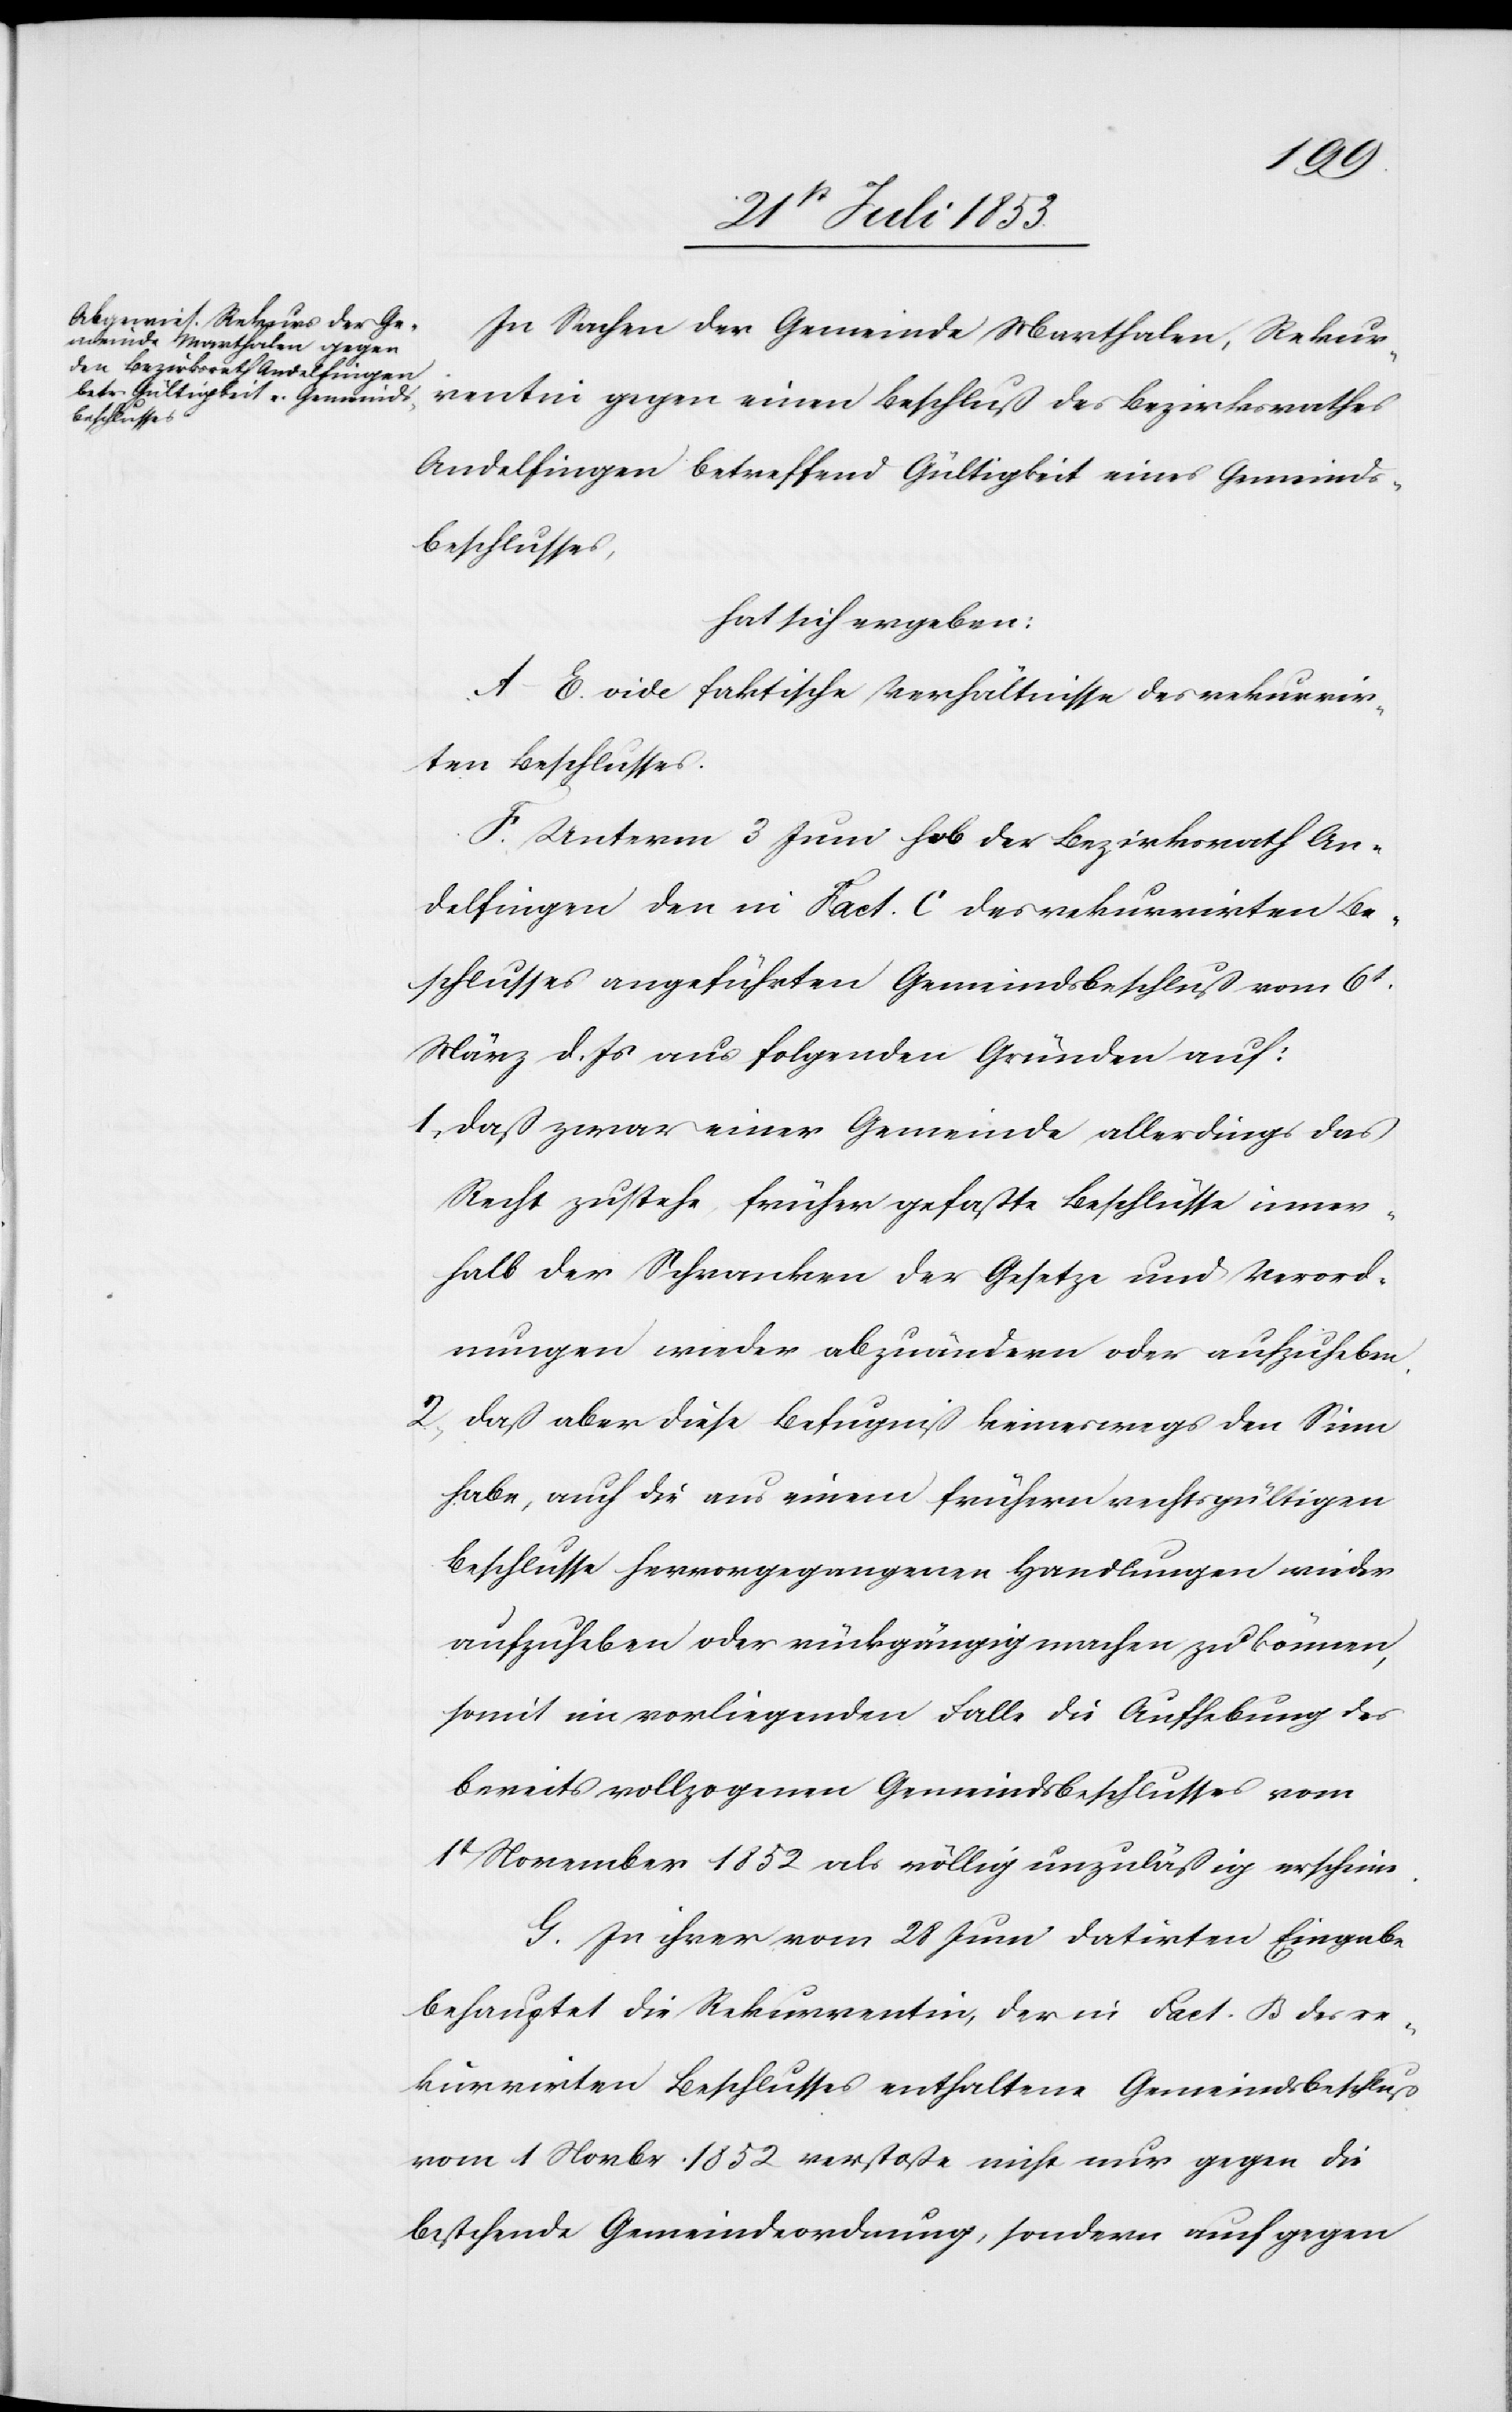
In Sachen der Gemeinde Marthalen, Rekur¬
rentin gegen einen Beschluß des Bezirksrathes
Andelfingen betreffend Gültigkeit eines Gemeinds¬
beschlusses,
hat sich ergeben:
A–E. vide faktische Verhältnisse des rekurrir¬
ten Beschlusses.
F. Unterm 3 Juni hob der Bezirksrath An¬
delfingen den in Fact. C des rekurrirten Be¬
schlusses angeführten Gemeindsbeschluß vom 6t
März d. Js. aus folgenden Gründen auf:
1, daß zwar einer Gemeinde allerdings das
Recht zustehe, früher gefaßte Beschlüsse inner¬
halb der Schranken der Gesetze und Verord¬
nungen wieder abzuändern oder aufzuheben.
2, daß aber diese Befugniß keineswegs den Sinn
habe, auch die aus einem frühern rechtsgültigen
Beschlusse hervorgegangenen Handlungen wieder
aufzuheben oder rückgängig machen zu können,
somit im vorliegenden Falle die Aufhebung des
bereits vollzogenen Gemeindsbeschlusses vom
1t November 1852 als völlig unzuläßig erscheine.
G. In ihrer vom 28 Juni datirten Eingabe
behauptet die Rekurrentin, der in Fact. B des re¬
kurrirten Beschlusses enthaltene Gemeindsbeschluß
vom 1 Novbr 1852 verstoße nicht nur gegen die
bestehende Gemeindsverordnung, sondern auch gegen